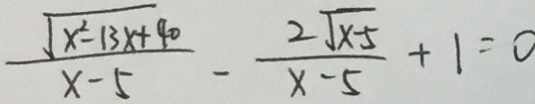
\frac { \sqrt { x ^ { 2 } - 1 3 x + 4 0 } } { x - 5 } - \frac { 2 \sqrt { x - 5 } } { x - 5 } + 1 = 0